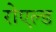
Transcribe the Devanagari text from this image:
रोएल्ड